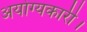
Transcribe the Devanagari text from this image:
अयोग्यकारी।